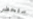
ستحضر